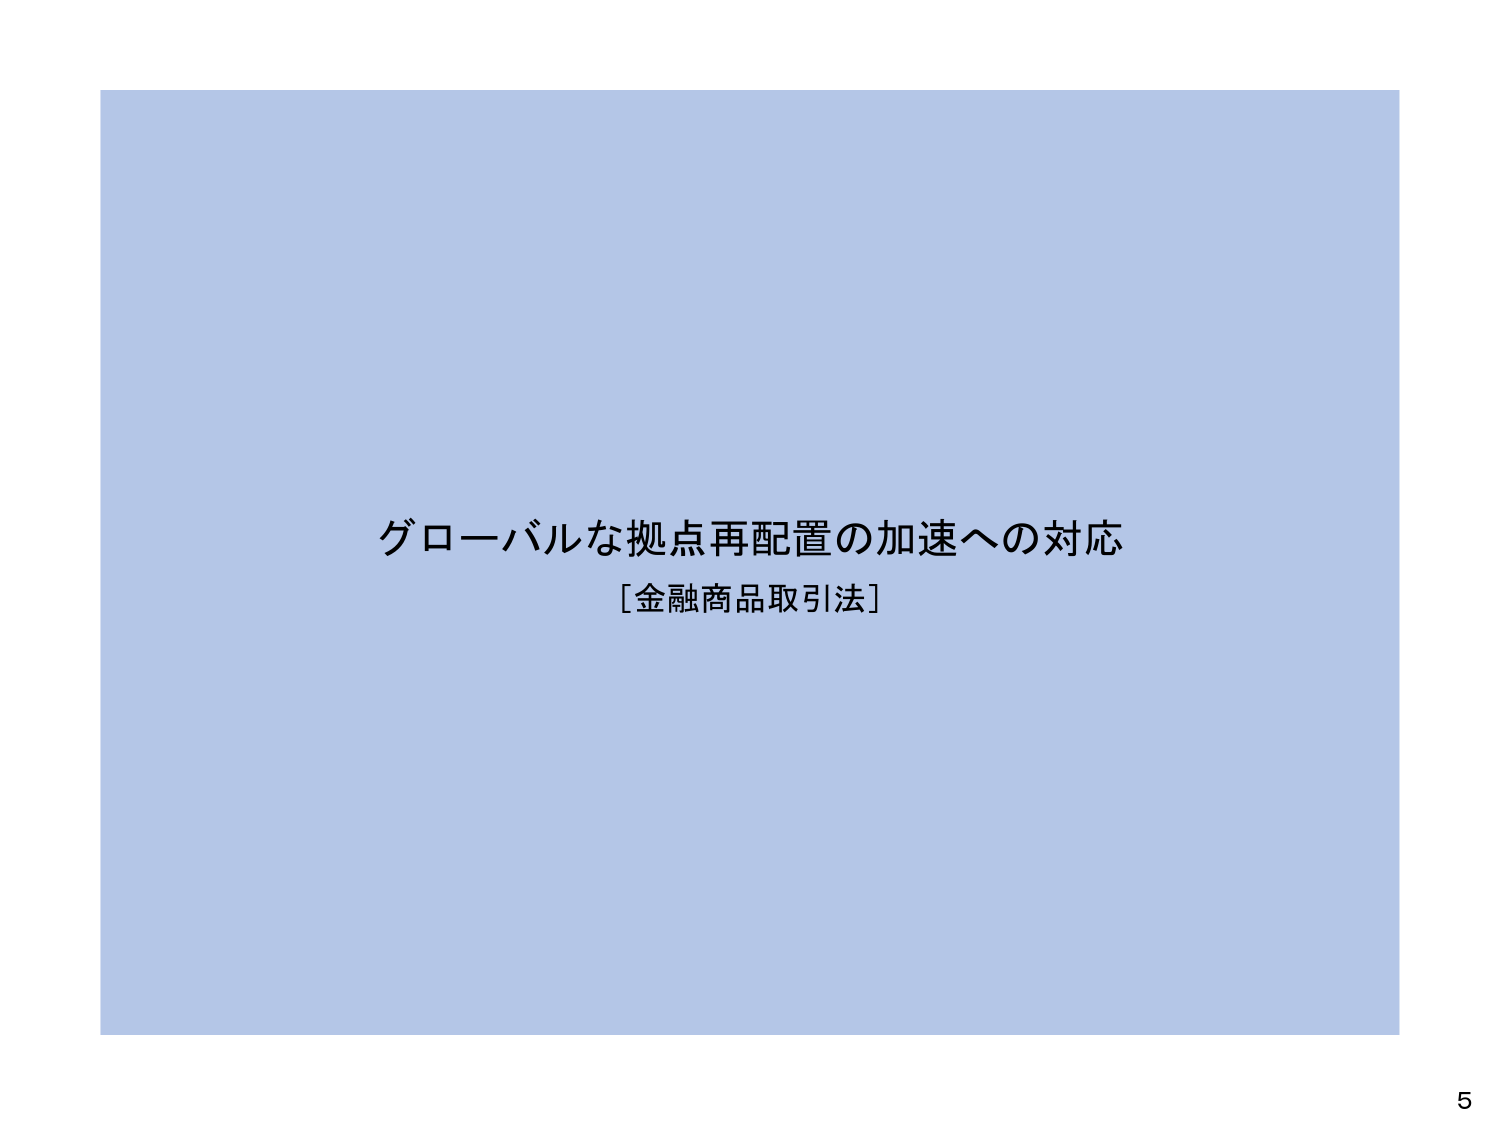
グローバルな拠点再配置の加速への対応
［金融商品取引法］
5